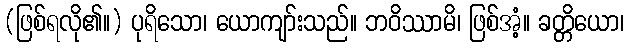
(ဖြစ်ရလို၏။) ပုရိသော၊ ယောကျာ်းသည်။ ဘဝိဿာမိ၊ ဖြစ်အံ့။ ခတ္တိယော၊